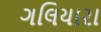
ગલિયારા